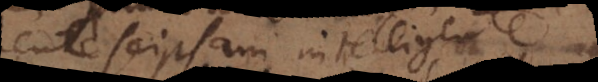
mente seipsam intelligente